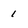
Character: 1